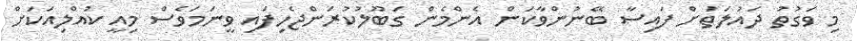
މި ވަގުތު ދައުލަތަށް ފައިސާ ބޭނުންވާކަން އެންމެން ގަބޫލުކުރަންޖެހިފައި ވީނަމަވެސް މިއީ ކުއްލިއަކަށް